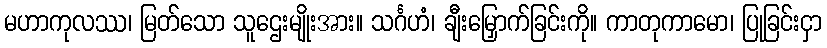
မဟာကုလဿ၊ မြတ်သော သူဌေးမျိုးအား။ သင်္ဂဟံ၊ ချီးမြှောက်ခြင်းကို။ ကာတုကာမော၊ ပြုခြင်းငှာ